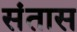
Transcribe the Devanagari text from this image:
संतास